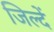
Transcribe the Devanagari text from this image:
जिल्दें